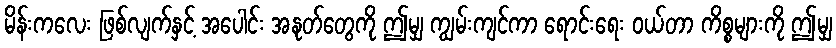
မိန်းကလေး ဖြစ်လျက်နှင့် အပေါင်း အနုတ်တွေကို ဤမျှ ကျွမ်းကျင်ကာ ရောင်းရေး ဝယ်တာ ကိစ္စများကို ဤမျှ